Annual administration report of the Civil Veterinary Department of India - 1894-1895
Year: 1894
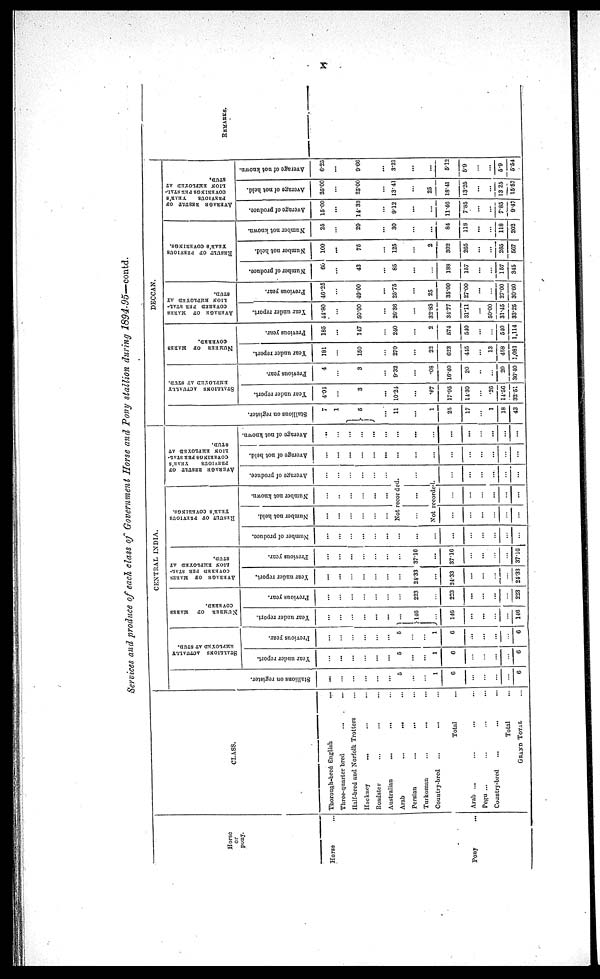
x
Services and produce of each class of Government Horse and Tony stallion during 1894.95—contd.
Horse
or
pony.
Horse ...
Pony
...
CLASS.
Thorough-bred English
Three-quarter bred
Half-bred and Norfolk Trotters
Hackney
...
Roadster
...
...
Australian
...
...
Arab
...
...
Persian
...
...
Turkoman
...
...
Country-bred
Total
Arab ...
...
...
Pegu ...
Country-bred
...
Total
GRAND TOTAL
CENTRAL INDIA.
Stallions on register.
...
...
...
...
...
...
5
...
...
1
6
...
...
...
...
6
STALLIONS ACTUALLY
EMPLOYED AT STUD.
Year under report.
...
...
...
...
...
...
5
...
...
1
6
...
...
...
...
6
Previous year.
...
...
...
...
...
...
5
...
...
1
6
...
...
...
6
NUMBER OF MARES
COVERED.
Year under report.
...
...
...
...
...
...
...
146
...
146
...
...
...
146
Previous year.
...
...
...
...
...
...
...
223
...
223
...
...
...
...
223
AVERAGE OF MARES
COVERED PER STAL-
LION EMPLOYED AT
STUD.
Year under report.
...
...
...
...
...
...
...
24.33
...
24.33
...
...
...
...
24.33
Previous year.
...
...
...
...
...
...
...
37.10
...
37.16
...
...
...
...
37.16
RESULTS OF PREVIOUS
YEAR'S COVERINGS.
Number of produce.
...
...
...
...
...
...
...
...
...
...
...
...
...
...
...
Number not held.
...
...
...
...
...
...
Number not known.
...
...
...
...
...
...
AVERAGE RESULT OF
PREVIOUS
YEAR'S
COVERINGS PER STAL-
---- EMPLOYED AT
STUD.
Average of produce.
...
...
...
...
...
...
Not recorded.
... ... ...
Not recorded.
...
...
...
...
...
...
...
...
...
...
...
...
...
...
...
...
...
...
Average of not held.
...
...
...
...
...
...
...
...
...
...
...
...
...
...
...
Average of not known.
..
...
...
...
...
...
...
...
...
...
...
...
...
...
...
DECCAN.
Stallions on register.
7
1
5
...
11
...
1
25
17
...
1
18
43
STALLIONS ACTUALLY
EMPLOYED AT STUD.
Year under report.
4.01
...
3
...
10.24
...
.67
17.95
14.30
...
26
14.56
32.51
Previous year.
4
...
3
...
9.32
...
.08
16.40
20
...
...
20
36.40
NUMBER OF MARES
COVERED.
Year under report.
181
...
150
...
270
...
22
623
445
...
13
458
1,081
Previous year.
185
...
147
...
240
...
2
574
540
...
...
510
1,114
AVERAGE OF MARES
COVERED PER STAL-
LION EMPLOYED AT
STUD.
Year under report.
44.80
...
50.00
...
26.36
...
3283
34.77
31.11
...
50.00
31.45
33.25
Previous year.
46.25
...
49.00
...
25.75
...
25
35.00
27.00
...
...
27.00
30.60
RESULTS OF PREVIOUS
YEAR'S COVERINGS.
Number of produce.
60
...
43
...
85
...
...
188
157
...
...
157
345
Number not held.
100
...
75
...
125
...
2
302
265
...
...
265
567
Number not known.
25
...
20
...
30
...
...
84
118
...
...
118
202
AVERAGE RESULT OF
PREVIOUS
YEAR'S
COVERINGS PER STAL-
---- EMPLOYED AT
STUD.
Average of produce.
15.00
...
14.33
...
9.12
...
...
11.46
7.85
...
...
7.85
9.47
Average of not held.
25.00
...
25.00
...
13.41
...
25
18.41
13.25
...
...
13 25
15.57
Average of not known.
6.25
...
9.66
...
3.21
...
...
5.12
5.9
...
...
5.9
5.54
REMARKS.